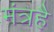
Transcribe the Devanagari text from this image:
मंत्रहै